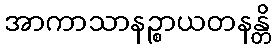
အာကာသာနဉ္စာယတနန္တိ